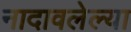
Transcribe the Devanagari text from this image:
नादावलेल्या